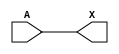
/*
 * Copyright 2020 The SkyWater PDK Authors
 *
 * Licensed under the Apache License, Version 2.0 (the "License");
 * you may not use this file except in compliance with the License.
 * You may obtain a copy of the License at
 *
 *     https://www.apache.org/licenses/LICENSE-2.0
 *
 * Unless required by applicable law or agreed to in writing, software
 * distributed under the License is distributed on an "AS IS" BASIS,
 * WITHOUT WARRANTIES OR CONDITIONS OF ANY KIND, either express or implied.
 * See the License for the specific language governing permissions and
 * limitations under the License.
 *
 * SPDX-License-Identifier: Apache-2.0
*/


`ifndef SKY130_FD_SC_HVL__LSBUFHV2HV_HL_BEHAVIORAL_V
`define SKY130_FD_SC_HVL__LSBUFHV2HV_HL_BEHAVIORAL_V

/**
 * lsbufhv2hv_hl: Level shifting buffer, High Voltage to High Voltage,
 *                Higher Voltage to Lower Voltage.
 *
 * Verilog simulation functional model.
 */

`timescale 1ns / 1ps
`default_nettype none

`celldefine
module sky130_fd_sc_hvl__lsbufhv2hv_hl (
    X,
    A
);

    // Module ports
    output X;
    input  A;

    // Module supplies
    supply1 VPWR    ;
    supply0 VGND    ;
    supply1 LOWHVPWR;
    supply1 VPB     ;
    supply0 VNB     ;

    //  Name  Output  Other arguments
    buf buf0 (X     , A              );

endmodule
`endcelldefine

`default_nettype wire
`endif  // SKY130_FD_SC_HVL__LSBUFHV2HV_HL_BEHAVIORAL_V